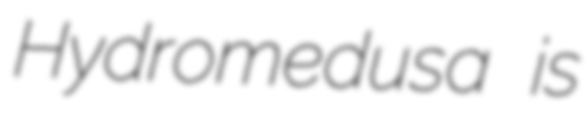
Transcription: Hydromedusa is